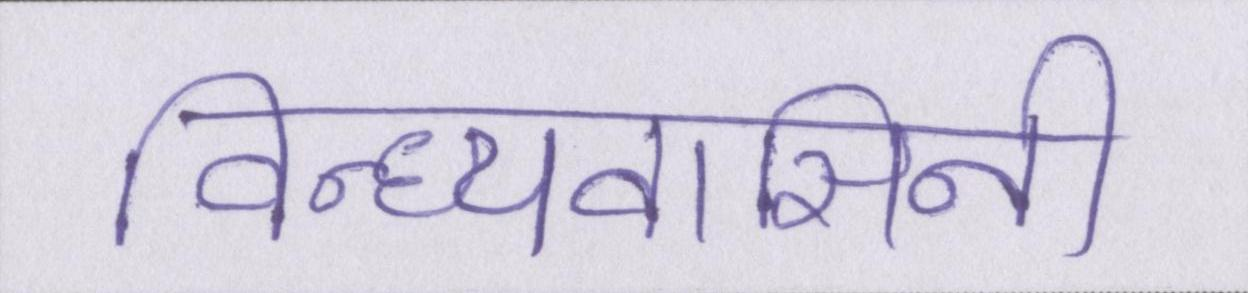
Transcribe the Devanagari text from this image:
विन्ध्यवासिनी